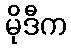
မိုဒီက